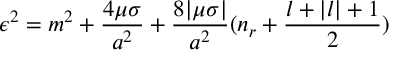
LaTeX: \epsilon ^ { 2 } = m ^ { 2 } + \frac { 4 \mu \sigma } { a ^ { 2 } } + \frac { 8 | \mu \sigma | } { a ^ { 2 } } ( n _ { r } + \frac { l + | l | + 1 } { 2 } )